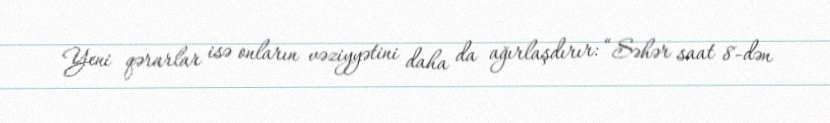
Yeni qərarlar isə onların vəziyyətini daha da ağırlaşdırır: “Səhər saat 8-dən